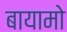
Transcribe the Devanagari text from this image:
बायामो